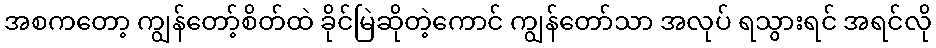
အစကတော့ ကျွန်တော့်စိတ်ထဲ ခိုင်မြဲဆိုတဲ့ကောင် ကျွန်တော်သာ အလုပ် ရသွားရင် အရင်လို